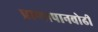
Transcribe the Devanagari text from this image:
प्राणापानवोढी